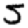
Digit: 5